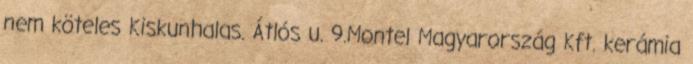
nem köteles Kiskunhalas. Átlós u. 9.Montel Magyarország Kft. kerámia